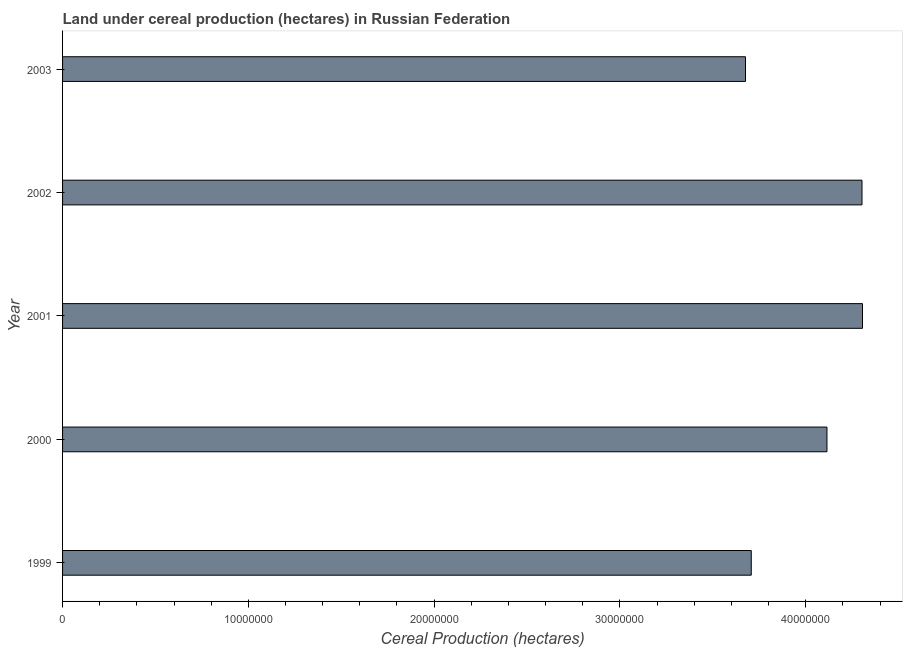
| Year | Land under cereal production (hectares) |
 | --- | --- |
 | 1999 | 3.71e+07 |
 | 2000 | 4.11e+07 |
 | 2001 | 4.31e+07 |
 | 2002 | 4.3e+07 |
 | 2003 | 3.68e+07 |